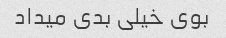
بوی خیلی بدی میداد